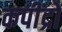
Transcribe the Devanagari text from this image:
कपींद्रो